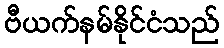
ဗီယက်နမ်နိုင်ငံသည်